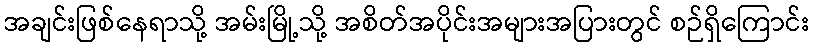
အချင်းဖြစ်နေရာသို့ အမ်းမြို့သို့ အစိတ်အပိုင်းအများအပြားတွင် စဉ်ရှိကြောင်း